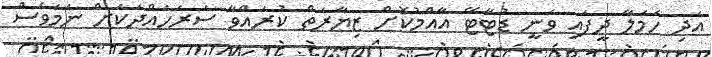
އަދި ހަމަލާ ދީފައި ވަނީ ޑުޓާޓޭ އާއްމުކޮށް ޒިޔާރަތް ކުރައްވާ ސަރަހައްދަކަށް ނަމަވެސް